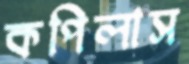
কপিলাস